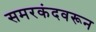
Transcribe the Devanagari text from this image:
समरकंदवरून